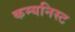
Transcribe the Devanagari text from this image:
कम्यनिस्ट